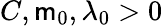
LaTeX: C,\mathsf{m}_{0},\lambda_{0}>0